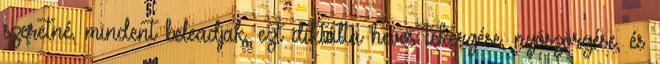
szeretné, mindent beleadjak, ezt diktálta heves tekergése, nyöszörgése, és